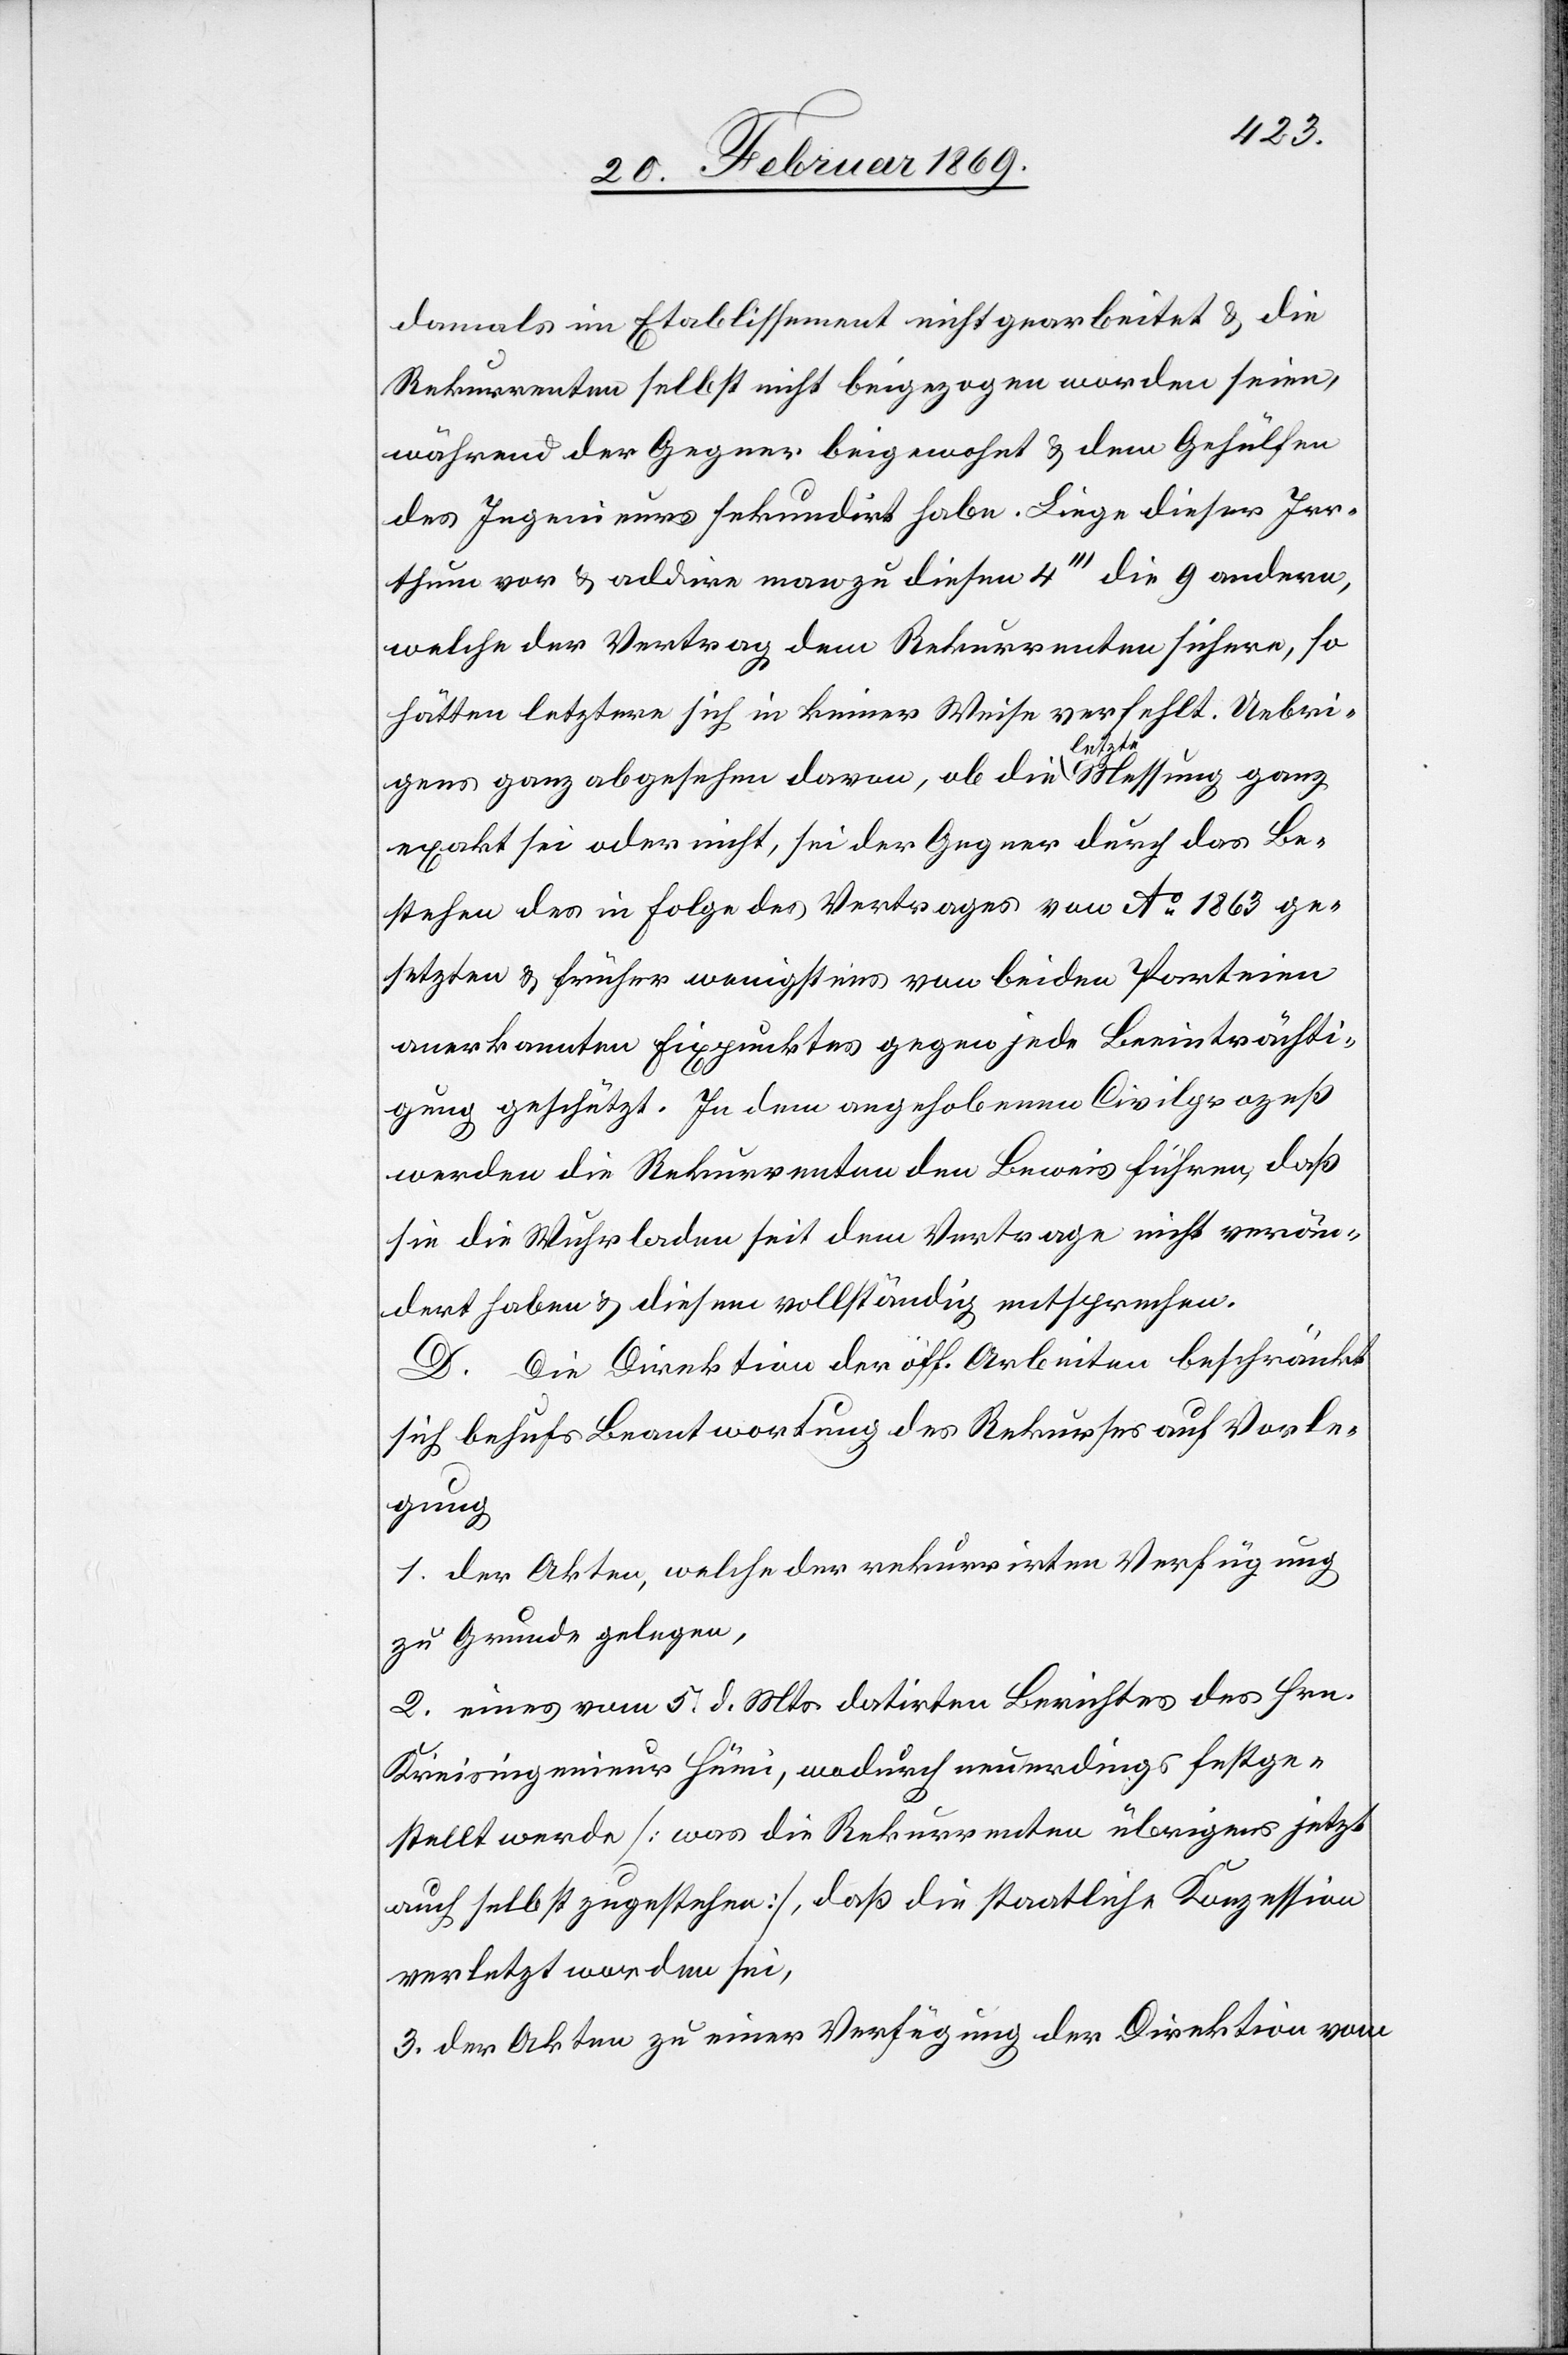
damals im Etablissement nicht gearbeitet & die
Rekurrenten selbst nicht beigezogen worden seien,
während der Gegner beigewohnt & dem Gehülfen
des Ingenieurs sekundirt habe. Liege dieser Irr¬
thum vor & addire man zu diesem 4’’’ die 9 andern,
welche der Vertrag dem Rekurrenten sichere, so
hätten letztere sich in keiner Weise verfehlt. Uebri¬
gens ganz abgesehen davon, ob die letzte Messung ganz
exakt sei oder nicht, sei der Gegner durch das Be¬
stehen des in Folge des Vertrages von Ao 1863 ge¬
setzten & früher wenigstens von beiden Parteien
anerkannten Fixpunktes gegen jede Beeinträchti¬
gung geschützt. In dem angehobenen Civilprozeß
werden die Rekurrenten den Beweis führen, daß
sie die Wuhrladen seit dem Vertrage nicht verän¬
dert haben u. diesem vollständig entsprechen.
D. Die Direktion der öff. Arbeiten beschränkt
sich behufs Beantwortung des Rekurses auf Vorle¬
gung
1. der Akten, welche der rekurrirten Verfügung
zu Grunde gelegen,
2. eines vom 5. d. Mts. datirten Berichtes des Hrn.
Kreisingenieur Hüni, wodurch neuerdings festge¬
stellt werde. [was die Rekurrenten übrigens jetzt
auch selbst zugestehen], daß die staatliche Konzession
verletzt worden sei,
3. der Akten zu einer Verfügung der Direktion vom